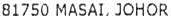
81750 MASAI, JOHOR